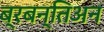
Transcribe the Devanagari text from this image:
ब्रबन्तिअन